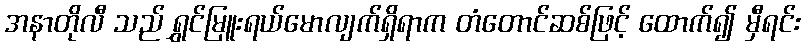
အနာတိုလီ သည် ရွှင်မြူးရယ်မောလျက်ရှိရာက တံတောင်ဆစ်ဖြင့် ထောက်၍ မှီရင်း